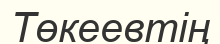
Төкеевтің